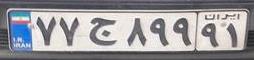
۷۷ج۸۹۹۹۱